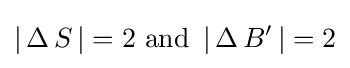
\left|\,\operatorname {\Delta } S\,\right|=2{\text{  and  }}\left|\,\operatorname {\Delta } B'\,\right|=2